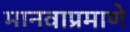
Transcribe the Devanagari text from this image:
मानवाप्रमाणे